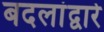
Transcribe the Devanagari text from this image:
बदलांद्वारे